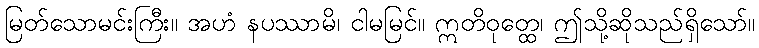
မြတ်သောမင်းကြီး။ အဟံ နပဿာမိ၊ ငါမမြင်။ ဣတိဝုတ္ထေ၊ ဤသို့ဆိုသည်ရှိသော်။